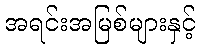
အရင်းအမြစ်များနှင့်